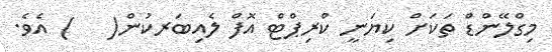
މިގްލޭންޑް ތަކަށް ކިޔަނީ ކްރިޕްޓް އޮފް ލެއިބަރކުން(   ) އެވެ.